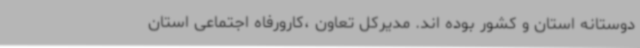
دوستانه استان و کشور بوده اند. مدیرکل تعاون ،کارورفاه اجتماعی استان